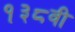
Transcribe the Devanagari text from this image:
१३८वी